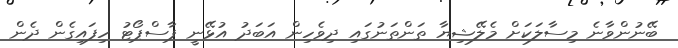
ބޭނުންވާނެ މިސާލަކަށް މެލޭޝިޔާ ތަންތަނުގައި ދިވެހިން އަބަދު އުޅޭނީ ޕާސްޕޯޓު ހިފައިގެން ދެން